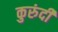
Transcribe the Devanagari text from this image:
कुरुंदी